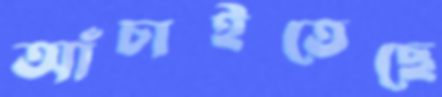
আঁচাইতেছে